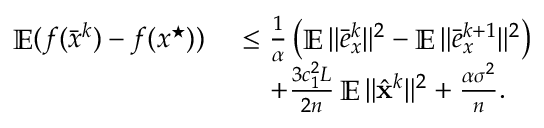
\begin{array} { r l } { \mathop { \mathbb { E } } ( f ( \bar { x } ^ { k } ) - f ( x ^ { \star } ) ) \ } & { \leq \frac { 1 } { \alpha } \left( \mathop { \mathbb { E } } \| \bar { e } _ { x } ^ { k } \| ^ { 2 } - \mathop { \mathbb { E } } \| \bar { e } _ { x } ^ { k + 1 } \| ^ { 2 } \right) } \\ & { \quad + \frac { 3 c _ { 1 } ^ { 2 } L } { 2 n } \mathop { \mathbb { E } } \| \hat { { \mathbf { x } } } ^ { k } \| ^ { 2 } + \frac { \alpha \sigma ^ { 2 } } { n } . } \end{array}